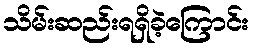
သိမ်းဆည်းရရှိခဲ့ကြောင်း